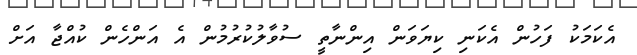
އެކަމަކު ފަހުން އެކަނި ކިޔަވަން އިންނާތީ ސުވާލުކުރުމުން އެ އަންހެން ކުއްޖާ އަށް